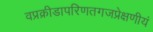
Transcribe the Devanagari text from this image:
वप्रक्रीडापरिणतगजप्रेक्षणीयं